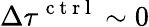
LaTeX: \Delta\tau^{\mathrm{~c~t~r~l~}}\sim 0